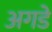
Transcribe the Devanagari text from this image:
अगडे